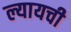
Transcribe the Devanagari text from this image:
ल्यायची